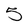
Character: 5